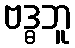
ဗဒ္ဓဘူ